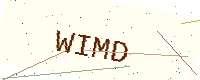
Text: WIMD